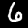
Label: 6